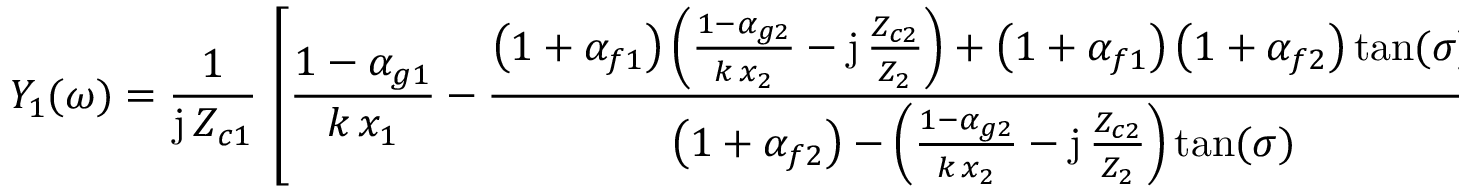
Y _ { 1 } ( \omega ) = \frac { 1 } { \mathrm { j } \, Z _ { c 1 } } \, \left[ \frac { 1 - { \alpha } _ { g 1 } } { k \, x _ { 1 } } - \frac { \left( 1 + { \alpha } _ { f 1 } \right) \left( \frac { 1 - { \alpha } _ { g 2 } } { k \, x _ { 2 } } - \mathrm { j } \, \frac { Z _ { c 2 } } { Z _ { 2 } } \right) + \left( 1 + { \alpha } _ { f 1 } \right) \left( 1 + { \alpha } _ { f 2 } \right) \tan ( \sigma ) } { \left( 1 + { \alpha } _ { f 2 } \right) - \left( \frac { 1 - { \alpha } _ { g 2 } } { k \, x _ { 2 } } - \mathrm { j } \, \frac { Z _ { c 2 } } { Z _ { 2 } } \right) \tan ( \sigma ) } \right] .